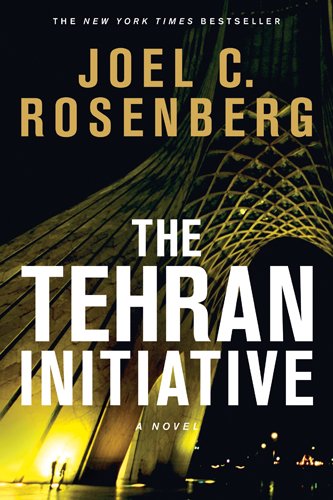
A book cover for The Tehran Initiative; Joel C. Rosenberg; Christian Books & Bibles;